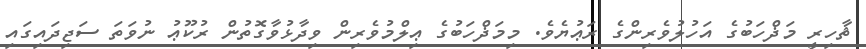
ޡާހިރީ މަޛްހަބުގެ އަހުލުވެރިންގެ ރަޢުޔެވެ. މިމަޛްހަބުގެ ޢިލްމުވެރިން ވިދާޅުވާގޮތުން ރުކޫޢު ނުވަތަ ސަޖިދައިގައި